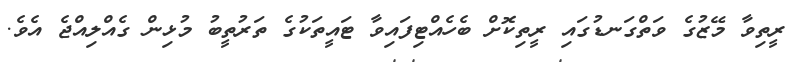
ރީތިވާ މޭޒުގެ ވަތްގަނޑުގައި ރީތިކޮށް ބެހެއްޓިފައިވާ ޓައީތަކުގެ ތަރުތީބު މުޅިން ގެއްލިއްޖެ އެވެ.